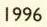
1996